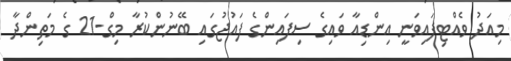
މިއަދު ވެއްޓިފައިވަނީ އިންޑިއާ ވައިގެ ސިފައިންގެ ފައުޖުގައި ބޭނުންކުރާ މިގް-21 ގެ މަތިންދާ